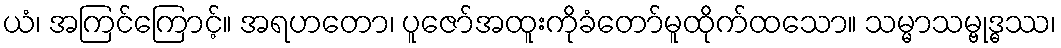
ယံ၊ အကြင်ကြောင့်။ အရဟတော၊ ပူဇော်အထူးကိုခံတော်မူထိုက်ထသော။ သမ္မာသမ္ဗုဒ္ဓဿ၊